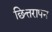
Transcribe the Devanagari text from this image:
छित्तरापन